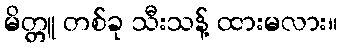
မိတ္တူ တစ်ခု သီးသန့် ထားမလား။